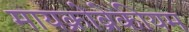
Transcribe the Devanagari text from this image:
मायक्रोब्रेकीयम